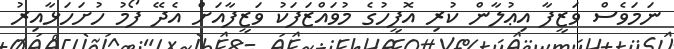
ނަމަވެސް ވަޒީފާ އިޢުލާން ކުރި އޮފީހުގެ މުވައްޒަފަކު ވަޒީފާއަށް އެދޭ ފޯމު ހުށަހަޅާއިރު